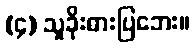
(၄) သူခိုးဓားပြဘေး။